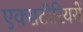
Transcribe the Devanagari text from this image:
एक्सटीरियरों